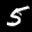
Label: 5